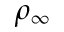
\rho _ { \infty }